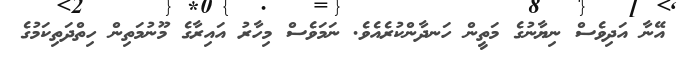
އޭނާ އަދިވެސް ނިޔާނުގެ މަތީން ހަނދާންކުރެއެވެ. ނަމަވެސް މިހާރު އައިރާގެ މޫނުމަތިން ހިތްދަތިކަމުގެ